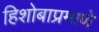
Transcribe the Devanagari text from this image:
हिशोबाप्रमाणे